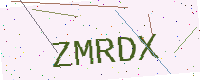
Text: ZMRDX